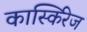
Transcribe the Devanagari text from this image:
कार्स्किरेज